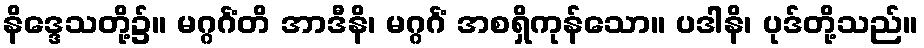
နိဒ္ဒေသတို့၌။ မဂ္ဂင်္ဂံတိ အာဒီနိ၊ မဂ္ဂင်္ဂံ အစရှိကုန်သော။ ပဒါနိ၊ ပုဒ်တို့သည်။